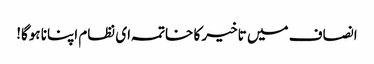
انصاف میں تاخیر کا خاتمہ ای نظام اپنانا ہوگا!